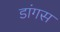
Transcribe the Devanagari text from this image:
डांगस